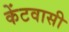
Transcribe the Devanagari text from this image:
केंटवासी